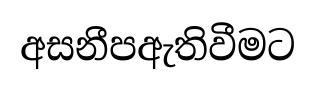
අසනීපඇතිවීමට